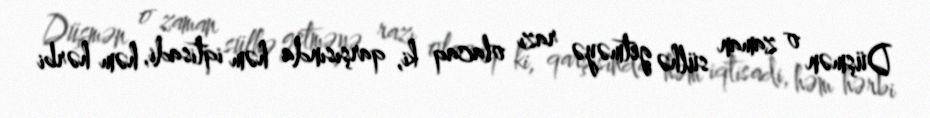
Düşmən o zaman sülhə getməyə razı olacaq ki, qarşısında həm iqtisadi, həm hərbi